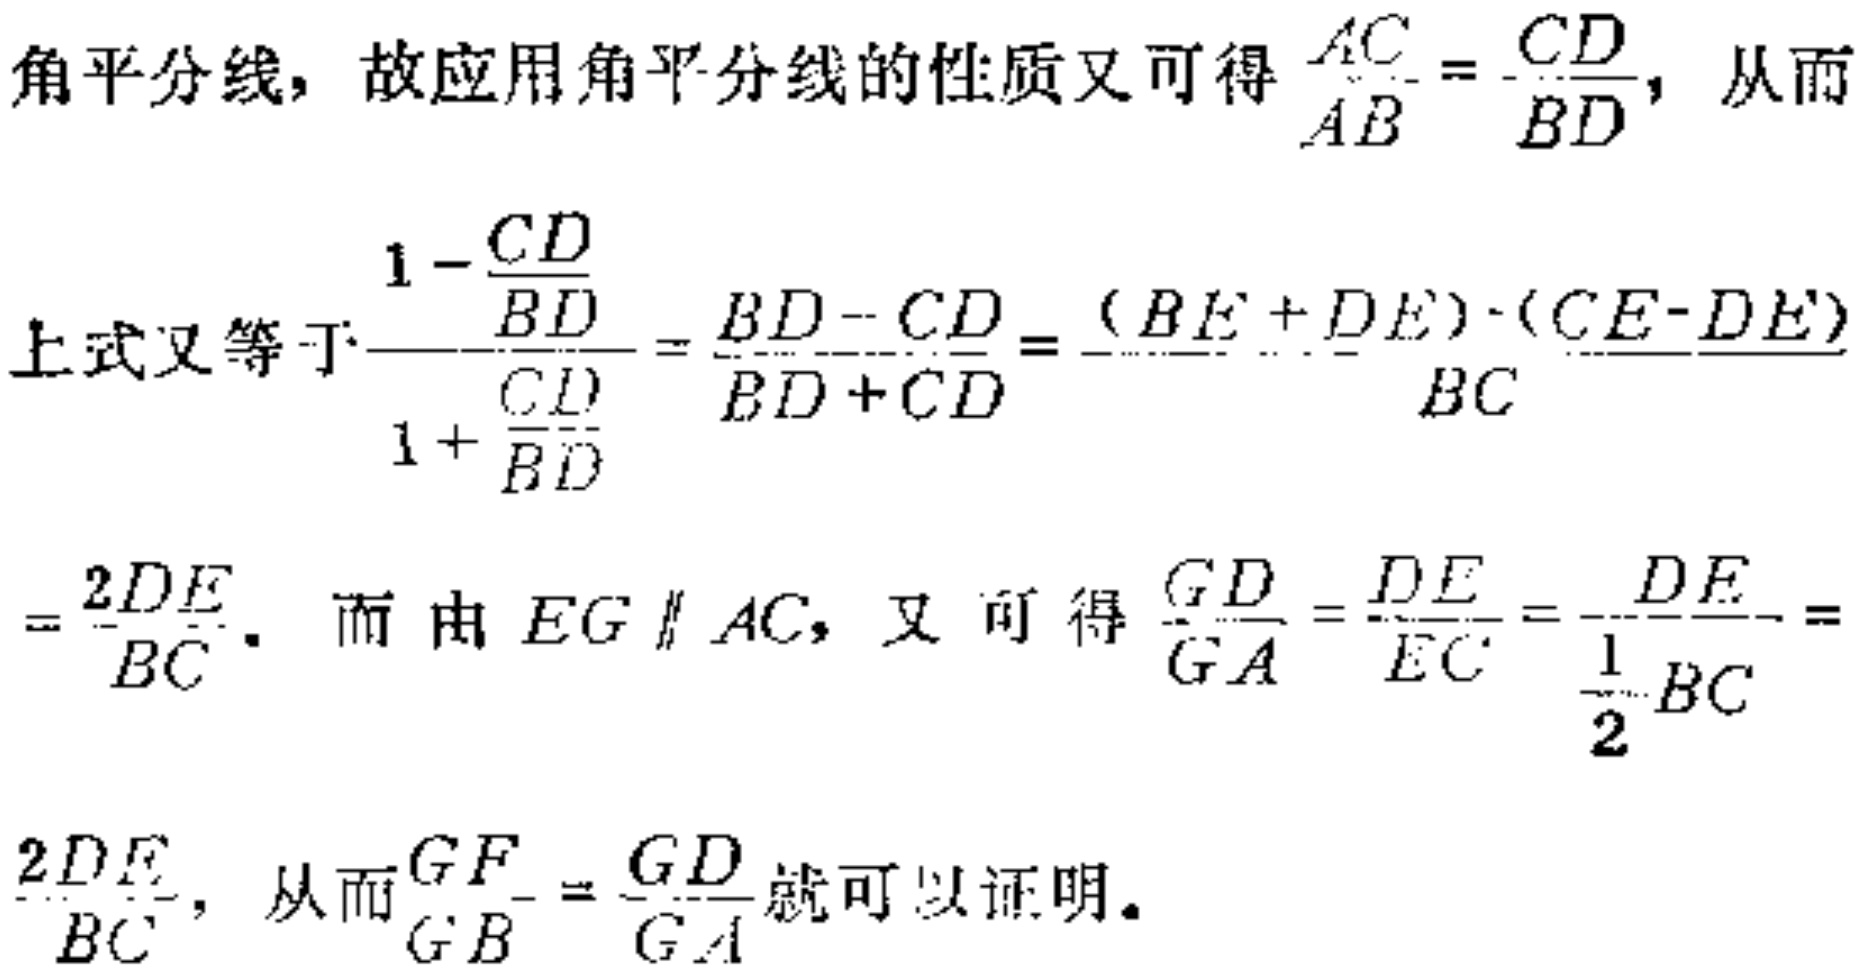
角平分线，故应用角平分线的性质又可得$\frac{AC}{AB}=\frac{CD}{BD}$，从而
上式又等于$\frac{1 - \frac{CD}{BD}}{1 + \frac{CD}{BD}}=\frac{BD - CD}{BD + CD}=\frac{(BE + DE)-(CE - DE)}{BC}$
$=\frac{2DE}{BC}$。而由$EG\parallel AC$，又可得$\frac{GD}{GA}=\frac{DE}{EC}=\frac{DE}{\frac{1}{2}BC}=$
$\frac{2DE}{BC}$，从而$\frac{GF}{GB}=\frac{GD}{GA}$就可以证明。